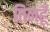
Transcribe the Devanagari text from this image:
तिनहूँ